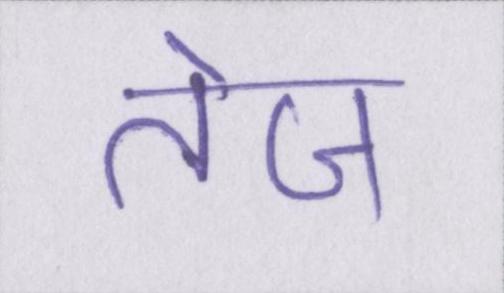
तेज